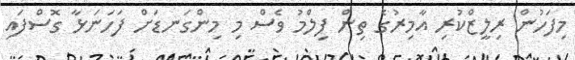
މިފަހުން ރިލީޒްކުރި އާމިރުގެ ތިން ފިލްމު ވެސް މި މިންގަނޑަށް ފަހަނަޅާ ގޮސްފައި